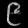
Digit: ၉